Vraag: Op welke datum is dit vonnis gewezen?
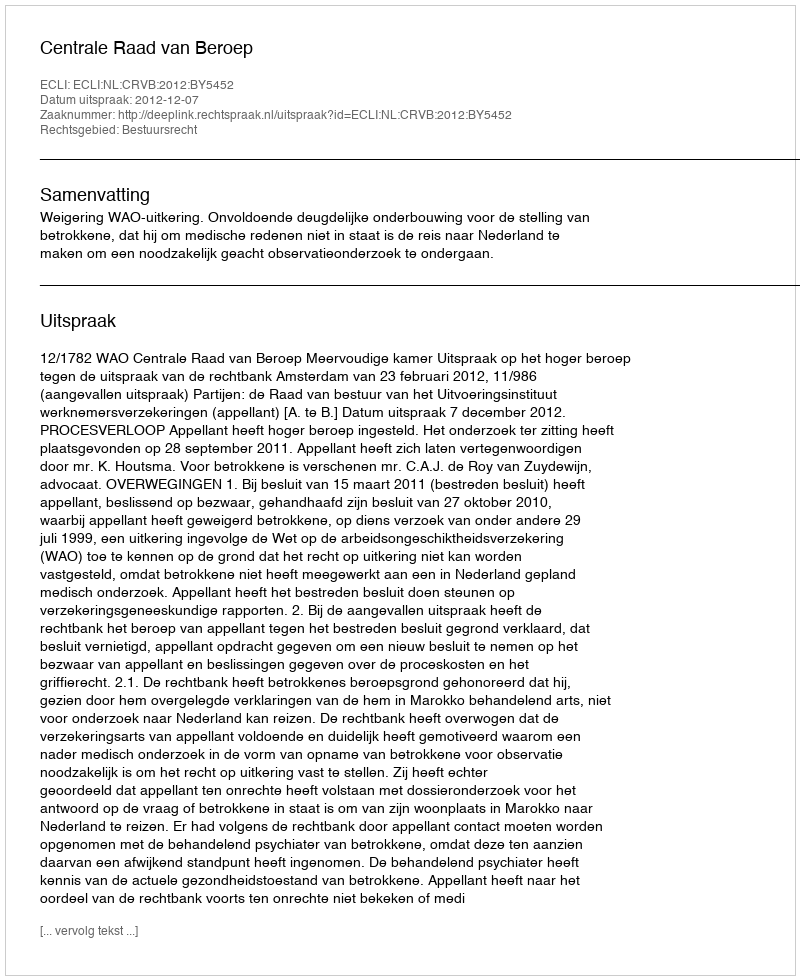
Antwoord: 2012-12-07